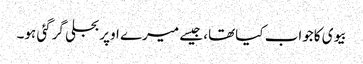
بیوی کاجواب کیاتھا، جیسے میرے اوپربجلی گرگئی ہو۔